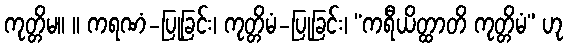
ကုတ္တိမ။ ။ ကရဏံ-ပြုခြင်း၊ ကုတ္တိမံ-ပြုခြင်း၊ “ကရီယိတ္ထာတိ ကုတ္တိမံ” ဟု